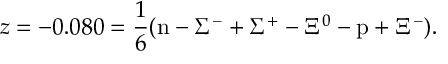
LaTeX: z = - 0 . 0 8 0 = \frac 1 6 ( \mathrm { n } - \Sigma ^ { - } + \Sigma ^ { + } - \Xi ^ { 0 } - \mathrm { p } + \Xi ^ { - } ) .